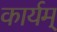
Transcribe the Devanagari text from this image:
कार्यम्